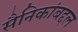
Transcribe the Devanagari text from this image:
सैनिकांबद्दल